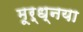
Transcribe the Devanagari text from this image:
मूर्ध्नया